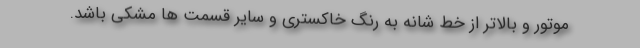
موتور و بالاتر از خط شانه به رنگ خاکستری و سایر قسمت ها مشکی باشد.